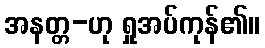
အနတ္တ-ဟု ရှုအပ်ကုန်၏။